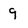
Character: 9